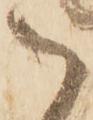
御